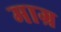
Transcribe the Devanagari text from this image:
माग्र